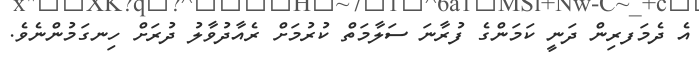
އެ ދެމަފރިން ދަނީ ކަމަންގެ ފުރާނަ ސަލާމަތް ކުރުމަށް ރެއާދުވާލު ދުރަށް ހިނގަމުންނެވެ.